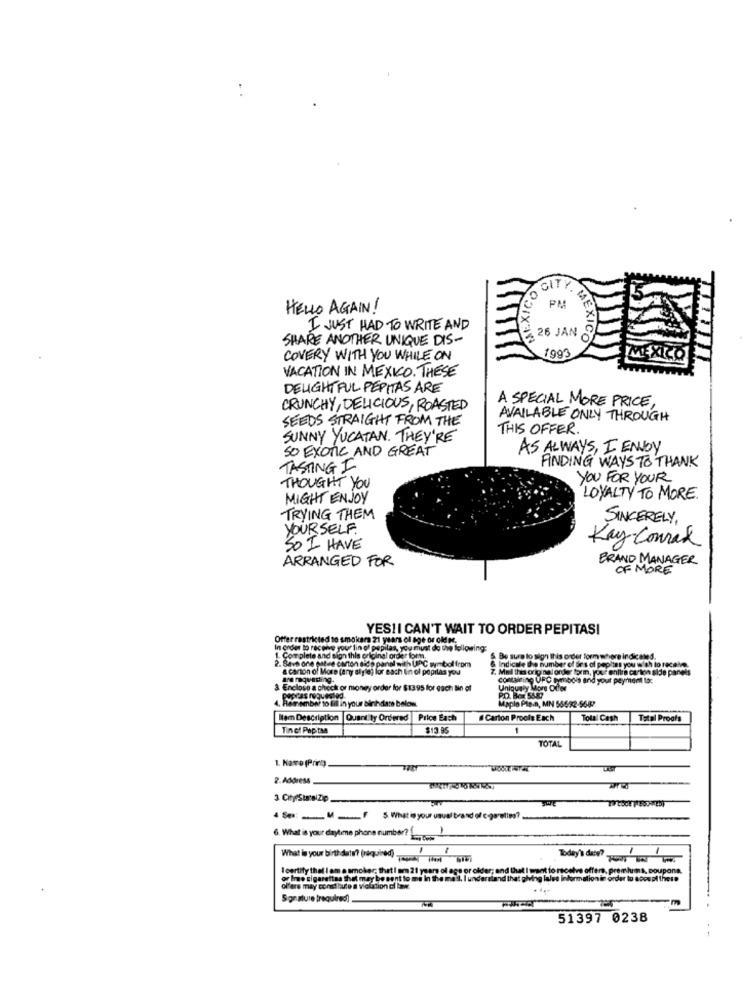
CITY.
PM
HELLO AGAIN!
I JUST HAD TO WRITE AND
SHARE ANOTHER UNIQUE DIS-
26 JAN
MEXICO
1993
COVERY WITH YOU WHILE ON
MEXIC
VACATION IN MEXICO. THESE
DELIGHTFUL PEPITAS ARE
A SPECIAL MORE PRICE,
CRUNCHY, DELICIOUS, ROASTED
SEEDS STRAIGHT FROM THE
AVAILABLE ONLY THROUGH
THIS OFFER
SUNNY YUCATAN. THEY'RE
SO EXOTIC AND GREAT
AS ALWAYS, I ENJOY
FINDING WAYS TO THANK
TASTING I
YOU FOR YOUR
THOUGHT YOU
MIGHT ENJOY
LOYALTY TO MORE.
TRYING THEM
SINCERELY,
YOURSELF.
SO I HAVE
Kay Conrad
BRAND MANAGER
ARRANGED FOR
OF MORE
YES!I CAN'T WAIT TO ORDER PEPITASI
Offer restricted to smokers 21 years of age or oldM.
In order to receive your tin of papilas, you must do the following:
1. Complete and sign this original order form.
2. Save one oates coton side panel with UPC symbol from
& Indicale the number of tes ol pepitas you wish to receive.
5. Be sure to sign this order form where indicated.
a carton of More (any style) for each Ein of popilas you
7. Mall thas original onde torm, your entire carton side panels
L'e requesting.
containing UFC symbols and your payment to:
Enclose a check or money order for $13:95 for each Bin of
Uniquely More Offer
. Remember to fill in your birthdate below
Maplo Pta-n, MN 56692-5582.
Nem Description
Quantity Ordered
Price Each
Carton Proofs Each
Total Cash
Total Proofs
Tin of Pepitas
$13.95
-
TOTAL
1. Havre (Print
2. Address
3 CityrSunalZip
SM -... F 5. What is your usual brand of c-goretien?
-
6. What is your daytime phone number? L -. 6-
What la your birthdate ?? (required) ....... Thw 616
I certify that I am e smoker; that I am 21 years of age
Iwant to receive offers. premiums, coupona.
or Ino cigarettes that may be sent to mi In the me 4.
d that plving lales information in order to acoupl these
ol'ars may conci bule a violation of law.
Signature (required)
51397 0238
--